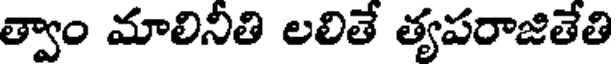
త్వాం మాలినీతి లలితే త్యపరాజితేతి